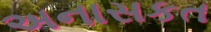
અનાસકત